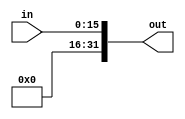
module ZeroExtend (
	input  wire   [15:0] in,
	output wire    [31:0] out
);

	assign out = {16'b0,in};
	
endmodule